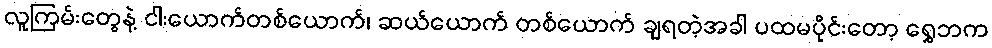
လူကြမ်းတွေနဲ့ ငါးယောက်တစ်ယောက်၊ ဆယ်ယောက် တစ်ယောက် ချရတဲ့အခါ ပထမပိုင်းတော့ ရွှေဘက